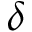
\delta